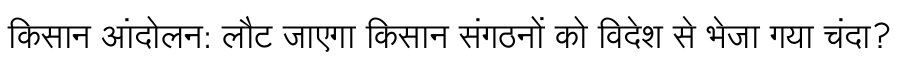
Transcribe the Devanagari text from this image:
किसान आंदोलन: लौट जाएगा किसान संगठनों को विदेश से भेजा गया चंदा?